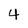
Character: 4